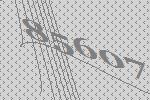
85607